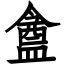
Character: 盦